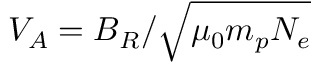
V _ { A } = B _ { R } / \sqrt { \mu _ { 0 } m _ { p } N _ { e } }